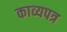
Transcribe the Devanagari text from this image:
काव्यपत्र